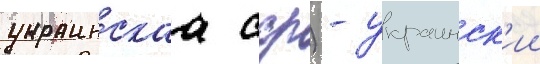
украинскаа сср) - украинск'ии